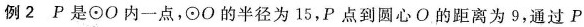
例2 P是\odot O内一点，\odot O的半径为15，P 点到圆心 O 的距离为 9，通过 P